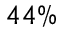
4 4 \%